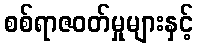
စစ်ရာဇဝတ်မှုများနှင့်